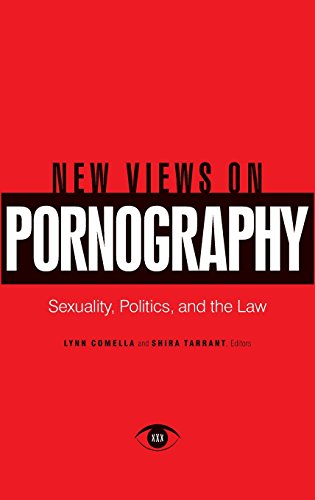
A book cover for New Views on Pornography: Sexuality, Politics, and the Law; Lynn Comella; Politics & Social Sciences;